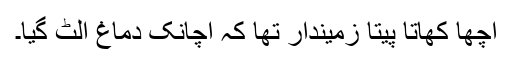
اچھا کھاتا پیتا زمیندار تھا کہ اچانک دماغ اُلٹ گیا۔